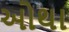
ઓથા